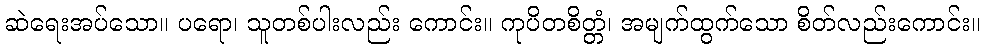
ဆဲရေးအပ်သော။ ပရော၊ သူတစ်ပါးလည်း ကောင်း။ ကုပိတစိတ္တံ၊ အမျက်ထွက်သော စိတ်လည်းကောင်း။